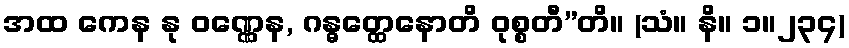
အထ ကေန နု ဝဏ္ဏေန, ဂန္ဓတ္ထေနောတိ ဝုစ္စတီ”တိ။ (သံ။ နိ။ ၁။၂၃၄)